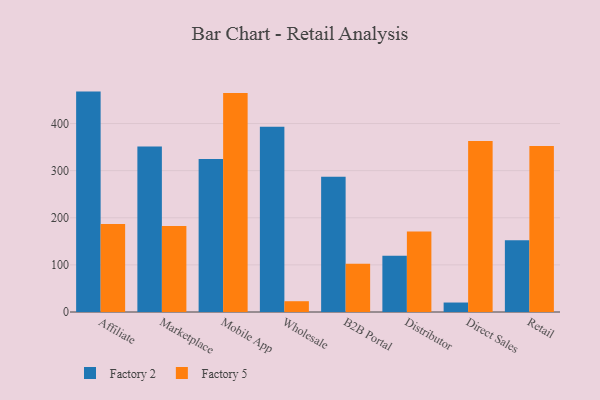
{"axis": {"x": "Channel", "y": "Bounce Rate (%)"}, "legend": ["Factory 2", "Factory 5"], "data": [{"x": "Affiliate", "y": 467.8, "type": "Factory 2"}, {"x": "Affiliate", "y": 186.8, "type": "Factory 5"}, {"x": "Marketplace", "y": 351.4, "type": "Factory 2"}, {"x": "Marketplace", "y": 182.3, "type": "Factory 5"}, {"x": "Mobile App", "y": 324.9, "type": "Factory 2"}, {"x": "Mobile App", "y": 465.0, "type": "Factory 5"}, {"x": "Wholesale", "y": 393.3, "type": "Factory 2"}, {"x": "Wholesale", "y": 22.9, "type": "Factory 5"}, {"x": "B2B Portal", "y": 286.9, "type": "Factory 2"}, {"x": "B2B Portal", "y": 102.2, "type": "Factory 5"}, {"x": "Distributor", "y": 119.4, "type": "Factory 2"}, {"x": "Distributor", "y": 170.9, "type": "Factory 5"}, {"x": "Direct Sales", "y": 20.1, "type": "Factory 2"}, {"x": "Direct Sales", "y": 362.8, "type": "Factory 5"}, {"x": "Retail", "y": 152.5, "type": "Factory 2"}, {"x": "Retail", "y": 352.1, "type": "Factory 5"}]}